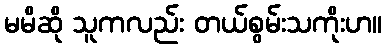
မမိဆို သူကလည်း တယ်စွမ်းသကိုးဟ။